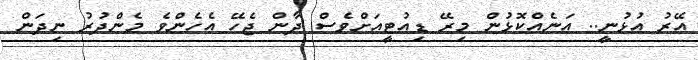
އޭރު އުޅުނީ.. އަނެއްކޮޅުން މިރޭ ޑިއުޓީއަށްވެސް ދާން ޖެހޭ އެހެންވެ މެންދުރު ނިދަން